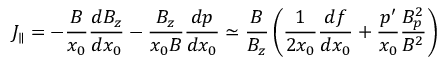
J _ { \parallel } = - \frac { B } { x _ { 0 } } \frac { d B _ { z } } { d x _ { 0 } } - \frac { B _ { z } } { x _ { 0 } B } \frac { d p } { d x _ { 0 } } \simeq \frac { B } { B _ { z } } \left( \frac { 1 } { 2 x _ { 0 } } \frac { d f } { d x _ { 0 } } + \frac { p ^ { \prime } } { x _ { 0 } } \frac { B _ { p } ^ { 2 } } { B ^ { 2 } } \right)